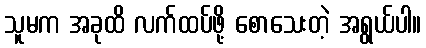
သူမက အခုထိ လက်ထပ်ဖို့ စောသေးတဲ့ အရွယ်ပါ။